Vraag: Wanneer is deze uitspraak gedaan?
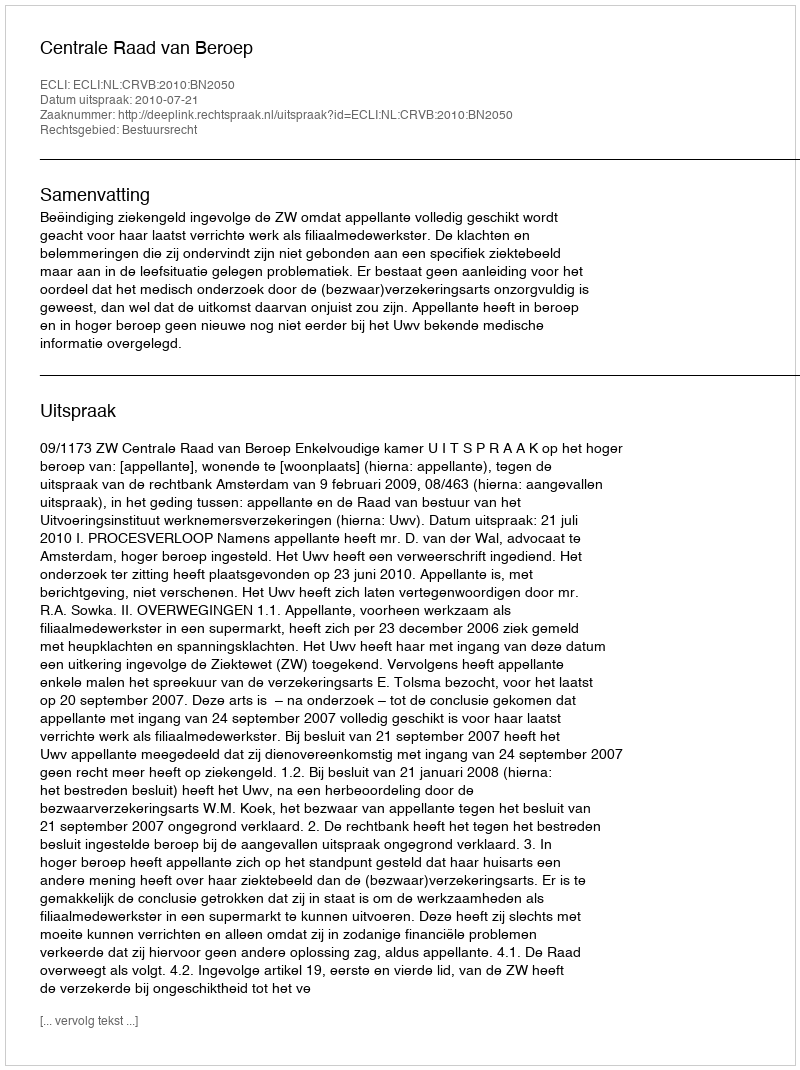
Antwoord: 2010-07-21